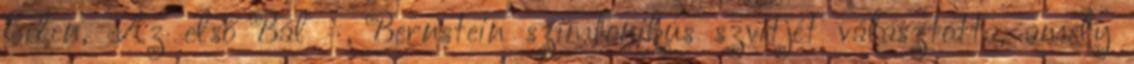
Éden, Az első Bál , Bernstein szimfonikus szvitjét választotta, amely